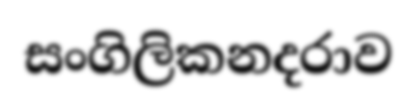
සංගිලිකනදරාව